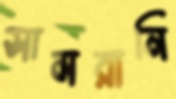
সামরানি